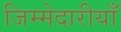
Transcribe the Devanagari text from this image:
जिम्मेदारीयाँ